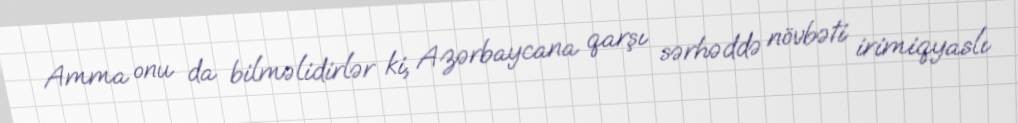
Amma onu da bilməlidirlər ki, Azərbaycana qarşı sərhəddə növbəti irimiqyaslı